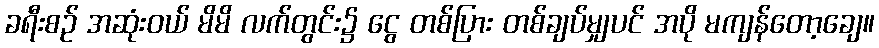
ခရီးစဉ် အဆုံးဝယ် မိမိ လက်တွင်း၌ ငွေ တစ်ပြား တစ်ချပ်မျှပင် အပို မကျန်တော့ချေ။